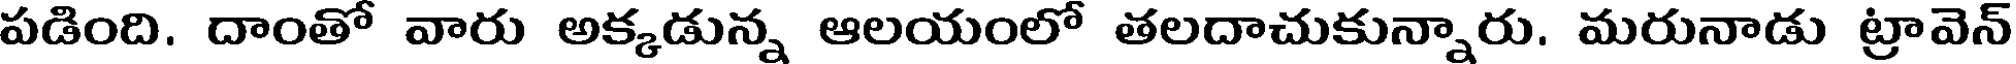
పడింది. దాంతో వారు అక్కడున్న ఆలయంలో తలదాచుకున్నారు. మరునాడు ట్రావెన్